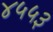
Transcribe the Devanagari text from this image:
४५५३